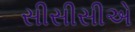
સીસીસીએ